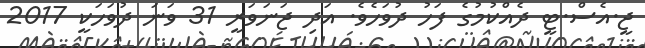
ޖީ.އެސް.ޓީ ދެއްކުމުގެ ފަހު ދުވަހެވެ. އަދި ޖަނަވަރީ 31 ވަނަ ދުވަހަކީ 2017